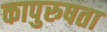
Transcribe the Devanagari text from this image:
कापुरुषता